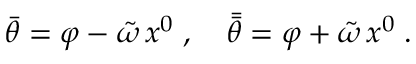
\bar { \theta } = \varphi - \tilde { \omega } \, x ^ { 0 } \; , \quad \bar { \bar { \theta } } = \varphi + \tilde { \omega } \, x ^ { 0 } \; .